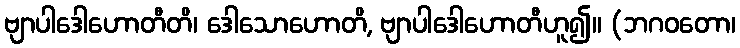
ဗျာပါဒေါဟောတီတိ၊ ဒေါသောဟောတိ, ဗျာပါဒေါဟောတီဟူ၍။ (ဘဂဝတော၊